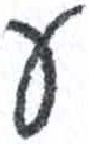
אות: ע